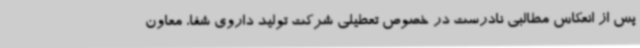
پس از انعکاس مطالبی نادرست در خصوص تعطیلی شرکت تولید داروی شفا، معاون